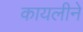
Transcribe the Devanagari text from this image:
कायलीने